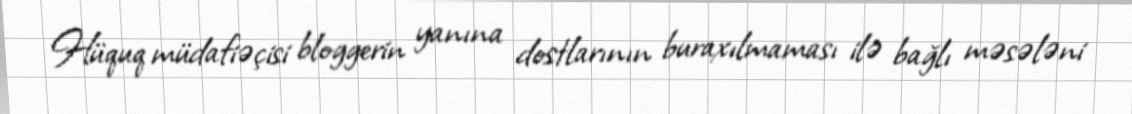
Hüquq müdafiəçisi bloggerin yanına dostlarının buraxılmaması ilə bağlı məsələni